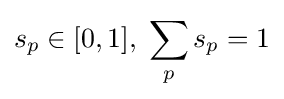
s_{p}\in [0,1],\;\sum _{p}s_{p}=1